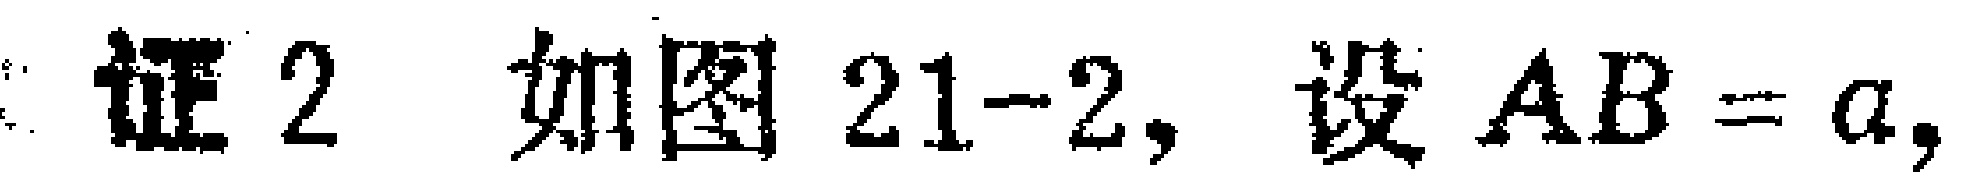
证2 如图21-2, 设 \(AB = a\),